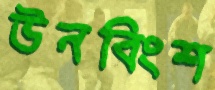
উনবিংশ